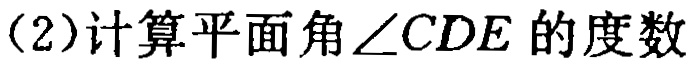
（2）计算平面角\(\angle CDE\)的度数